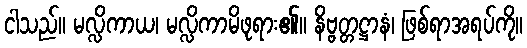
ငါသည်။ မလ္လိကာယ၊ မလ္လိကာမိဖုရား၏။ နိဗ္ဗတ္တဋ္ဌာနံ၊ ဖြစ်ရာအရပ်ကို။